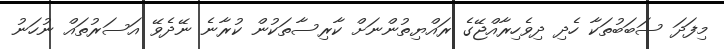
މިފަދަ ސަބަބުތަކާ ހެދި ދިވެހިރާއްޖޭގެ ރައްޔިތުންނަށް ކާރިސާތަކުން ކުރާނެ ނޭދެވޭ އަސަރުތައް ނުހަނު